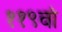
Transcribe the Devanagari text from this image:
११९वां